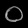
Digit: ၀